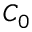
C _ { 0 }